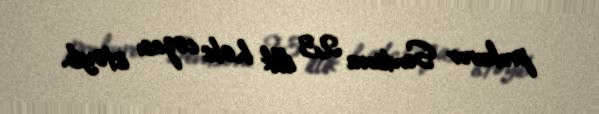
prokuror Sentsova 23 illik həbs cəzası istəyib.